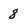
Character: 8